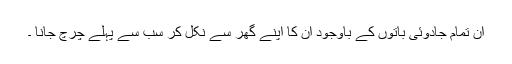
ان تمام جادوئی باتوں کے باوجود ان کا اپنے گھر سے نکل کر سب سے پہلے چرچ جانا ۔